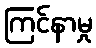
ကြင်နာမှု